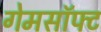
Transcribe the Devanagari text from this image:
गेमसॉफ्ट